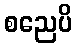
စညေပိ